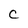
Character: C